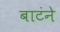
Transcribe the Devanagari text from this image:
बाटंने